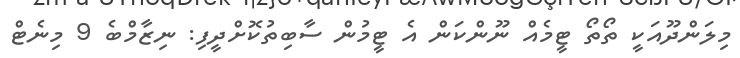
މިލަންދޫއަކީ ތޯތޯ ޓީމެއް ނޫންކަން އެ ޓީމުން ސާބިތުކޮށްދީފި: ނިޒާމްބެ 9 މިނެޓް